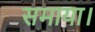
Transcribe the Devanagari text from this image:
समाया।